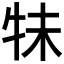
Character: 𰠭